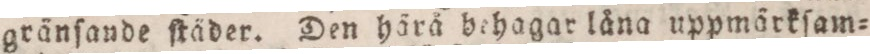
gränſande ſtäder. Den härå behagar låna uppmärkſam=